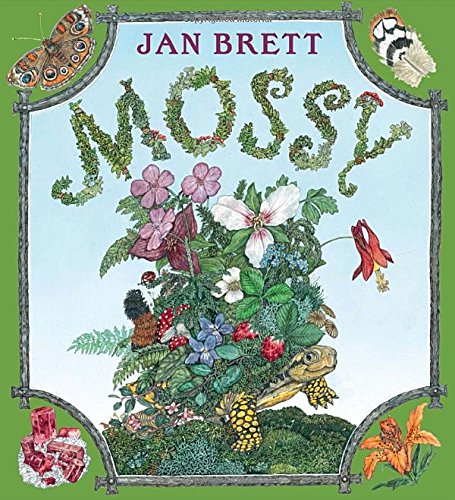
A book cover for Mossy; Jan Brett; Children's Books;